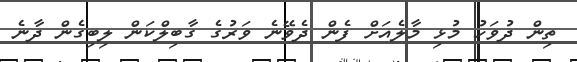
ތިން ދުވަހު މުޅި މާލެއަށް ފެން ދެވޭނެ ވަރުގެ ގާބިލްކަން ލިބިގެން ދާނެ